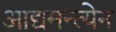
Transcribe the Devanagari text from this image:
आद्यमन्त्येन